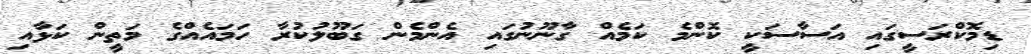
ޑިމޮކްރަސީގައި އަސާސަކީ ކޮންމެ ކަމެއް ގާނޫނުގައި އެންމެން ގަބޫލުކުރާ ހަމައެއްގެ މަތީން ކަޅާއި